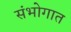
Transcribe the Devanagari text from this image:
संभोगात